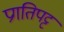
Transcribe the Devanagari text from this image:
प्रगतिपट्ट